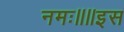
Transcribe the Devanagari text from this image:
नमः॥॥इस